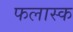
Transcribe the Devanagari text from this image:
फलास्क